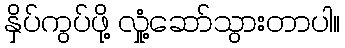
နှိပ်ကွပ်ဖို့ လှုံ့ဆော်သွားတာပါ။